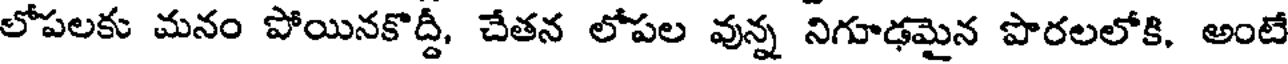
లోపలకు మనం పోయినకొద్దీ, చేతన లోపల వున్న నిగూఢమైన పొరలలోకి, అంటే